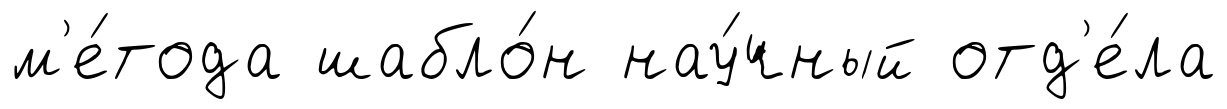
м'е́тода шабло́н нау́чный отд'е́ла